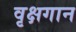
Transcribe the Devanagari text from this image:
वृक्षगान